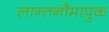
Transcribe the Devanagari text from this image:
लान्तनौमापुक